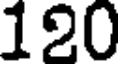
120